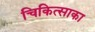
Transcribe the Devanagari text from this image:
चिकित्साका